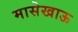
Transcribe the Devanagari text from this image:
मासेखाऊ